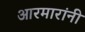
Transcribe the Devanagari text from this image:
आरमारांनी